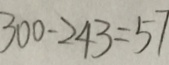
3 0 0 - 2 4 3 = 5 7